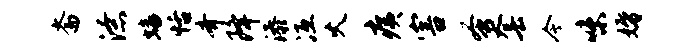
斋潦蟠恬齐降添冱火痍害蚤套今味婚